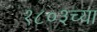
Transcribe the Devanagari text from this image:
१८०३च्या